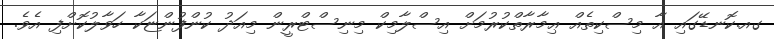
ގއ.ކޮނޑޭގައި އާ މިސްކިތެއް ޢިމާރާތްކުރުމަށް އިސްލާމިކް މިނިސްޓްރީން މިއަދު ކުންފުންޏަކާ ހަވާލުކޮށްފި އެވެ.